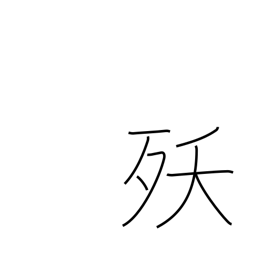
Meaning: dying young